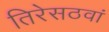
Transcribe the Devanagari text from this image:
तिरेसठवां